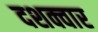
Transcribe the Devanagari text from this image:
दशक्वार